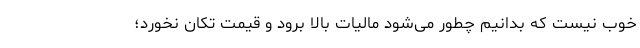
خوب نیست که بدانیم چطور می‌شود مالیات بالا برود و قیمت تکان نخورد؛